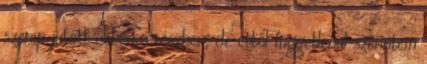
szerep jutott ebben a részben, de ettől függetlenül szerintem